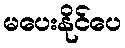
မပေးနိုင်ပေ